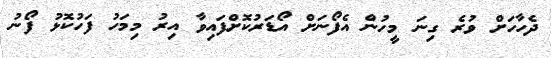
ދެހާހަށް ވުރެ ގިނަ މީހުން އެފޯނަށް އޯޑަރުކޮށްފައިވާ އިރު މިމަހު ފަހުކޮޅު ފޯނު